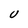
Character: U